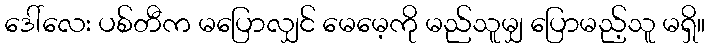
ဒေါ်လေး ပစ်တီက မပြောလျှင် မေမေ့ကို မည်သူမျှ ပြောမည့်သူ မရှိ။